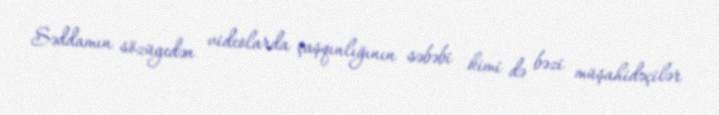
Səddamın sözügedən videolarda çaşqınlığının səbəbi kimi də bəzi müşahidəçilər